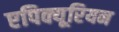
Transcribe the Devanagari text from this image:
एपिक्यूरियन